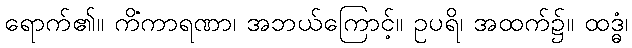
ရောက်၏။ ကိံကာရဏာ၊ အဘယ်ကြောင့်။ ဥပရိ၊ အထက်၌။ ထဒ္ဓံ၊